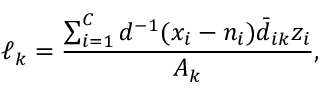
\ell _ { k } = \frac { \sum _ { i = 1 } ^ { C } d ^ { - 1 } ( x _ { i } - n _ { i } ) \bar { d } _ { i k } z _ { i } } { A _ { k } } ,